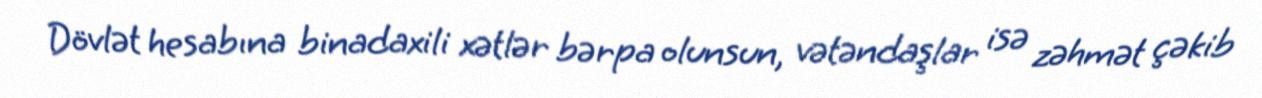
Dövlət hesabına binadaxili xətlər bərpa olunsun, vətəndaşlar isə zəhmət çəkib